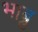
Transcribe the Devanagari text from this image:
भाब्रु